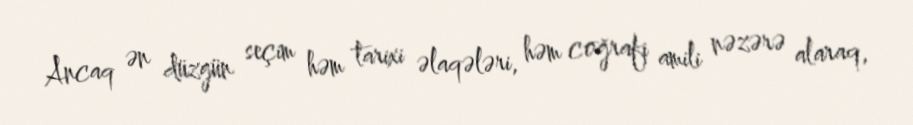
Ancaq ən düzgün seçim həm tarixi əlaqələri, həm coğrafi amili nəzərə alaraq,